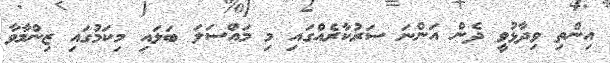
އިންތި ވިދާޅުވީ ދެން އަންނަ ސަރުކާރެއްގައި މި މައްސަލަ ބަލައި މިކަމުގައި ޒިންމާވާ